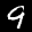
Label: 9